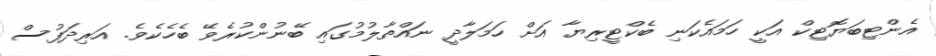
އެންޓިބަޔޮޓިކް އަކީ ހަމައެކަނި ބެކްޓީރިޔާ އަށް ހަމަލާދީ ނައްތާލުމުގައި ބޭނުންކުރެވޭ ބެހެކެވެ. އަރިދަފުސް